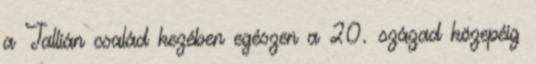
a Tallián család kezében egészen a 20. század közepéig